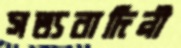
সত্যবাদিনী